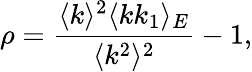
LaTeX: \rho=\frac{\langle k\rangle^{2}\langle kk_{1}\rangle_{E}}{\langle k^{2}\rangle^{2}}-1,